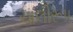
ચાલીરૂપ